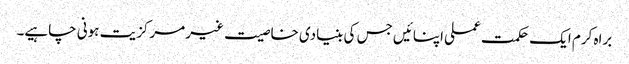
براہ کرم ایک حکمت عملی اپنائیں جس کی بنیادی خاصیت غیر مرکزیت ہونی چاہیے۔